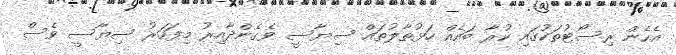
އެހެން ރިސޯޓުތަކުގައި ކުރާ ބައެއް ހަޅުތާލުތައް ސިޔާސީ ވެގެންދާއިރު މިފަހަރު ސިޔާސީ ވެސް